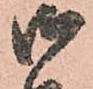
御